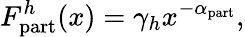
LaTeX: F_{\mathrm{part}}^{h}(x)=\gamma_{h}x^{-\alpha_{\mathrm{part}}},